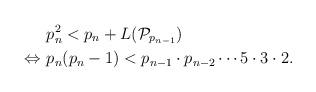
LaTeX: \begin{align*}&p_n^2< p_n+L(\mathcal{P}_{p_{n-1}}) \\\Leftrightarrow\ & p_n(p_n-1)< p_{n-1}\cdot p_{n-2}\cdots 5\cdot 3\cdot 2.\\\end{align*}